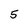
Character: 5